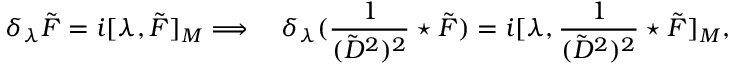
\delta _ { \lambda } \tilde { F } = i [ \lambda , \tilde { F } ] _ { M } \Longrightarrow \quad \delta _ { \lambda } ( \frac 1 { ( \tilde { D } ^ { 2 } ) ^ { 2 } } \star \tilde { F } ) = i [ \lambda , \frac 1 { ( \tilde { D } ^ { 2 } ) ^ { 2 } } \star \tilde { F } ] _ { M } ,